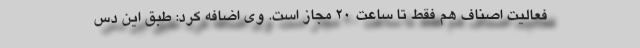
فعالیت اصناف هم فقط تا ساعت 20 مجاز است. وی اضافه کرد: طبق این دس